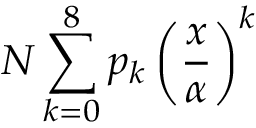
N \sum _ { k = 0 } ^ { 8 } p _ { k } \left( \frac { x } { \alpha } \right) ^ { k }